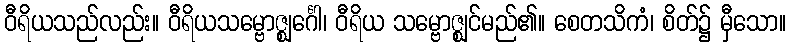
ဝီရိယသည်လည်း။ ဝီရိယသမ္ဗောဇ္ဈင်္ဂေါ၊ ဝီရိယ သမ္ဗောဇ္ဈင်မည်၏။ စေတသိကံ၊ စိတ်၌ မှီသော။